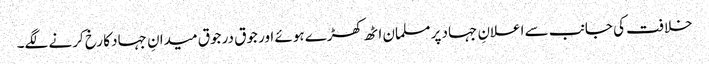
خلافت کی جانب سے اعلانِ جہاد پر مسلمان اٹھ کھڑے ہوئے اور جوق در جوق میدانِ جہاد کا رخ کرنے لگے۔